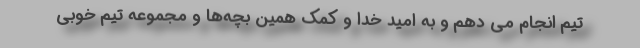
تیم انجام می دهم و به امید خدا و کمک همین بچه‌ها و مجموعه تیم خوبی